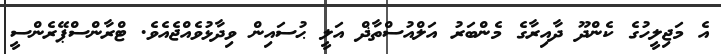
އެ މަޖިލީހުގެ ކެންދޫ ދާއިރާގެ މެންބަރު އަލްއުސްތާޛް އަލީ ޙުސައިން ވިދާޅުވެއްޖެއެވެ. ޓްރާންސްޕޭރެންސީ